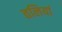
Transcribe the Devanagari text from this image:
तलियां